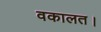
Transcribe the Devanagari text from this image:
वकालत।